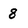
Character: 8